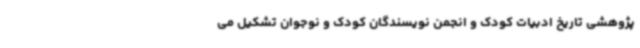
پژوهشی تاریخ ادبیات کودک و انجمن نویسندگان کودک و نوجوان تشکیل می